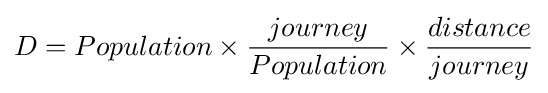
D=Population\times {\frac {journey}{Population}}\times {\frac {distance}{journey}}